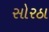
સોરઠા